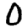
Digit: 0